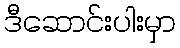
ဒီဆောင်းပါးမှာ